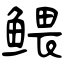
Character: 鳂